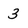
Character: 3